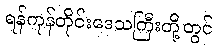
ရန်ကုန်တိုင်းဒေသကြီးတို့တွင်